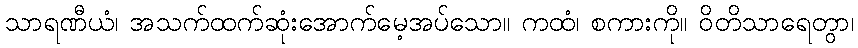
သာရဏီယံ၊ အသက်ထက်ဆုံးအောက်မေ့အပ်သော။ ကထံ၊ စကားကို။ ဝိတိသာရေတွာ၊